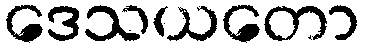
ဒေသယတော